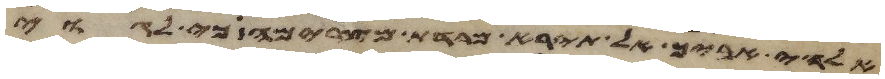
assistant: אלהי אביך אל תירא מרדת מצרימה כי לגוי